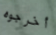
أخرجوه